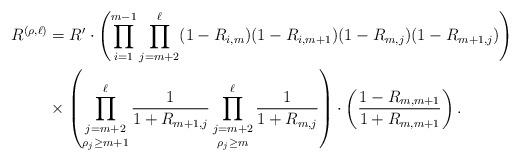
LaTeX: \begin{align*} R^{(\rho,\ell)} &= R' \cdot \left( \prod_{i=1}^{m-1}\prod_{j=m+2}^\ell (1-R_{i,m})(1-R_{i,m+1})(1-R_{m,j})(1-R_{m+1,j}) \right) \\ & \times \left( \mathop{\prod_{j=m+2}^\ell}_{\rho_j\geq m+1} \frac{1}{1+R_{m+1,j}} \mathop{\prod_{j=m+2}^\ell}_{\rho_j\geq m} \frac{1}{1+R_{m,j}} \right) \cdot \left( \frac{1-R_{m,m+1}}{1+R_{m,m+1}}\right).\end{align*}